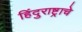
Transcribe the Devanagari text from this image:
हिंदुराष्ट्राचे